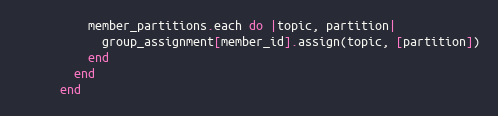
Language: Ruby
          member_partitions.each do |topic, partition|
            group_assignment[member_id].assign(topic, [partition])
          end
        end
      end